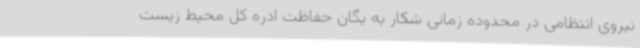
نیروی انتظامی در محدوده زمانی شکار به یگان حفاظت ادره کل محیط زیست